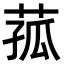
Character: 菰